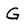
Character: G